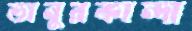
ভানুরকান্দা